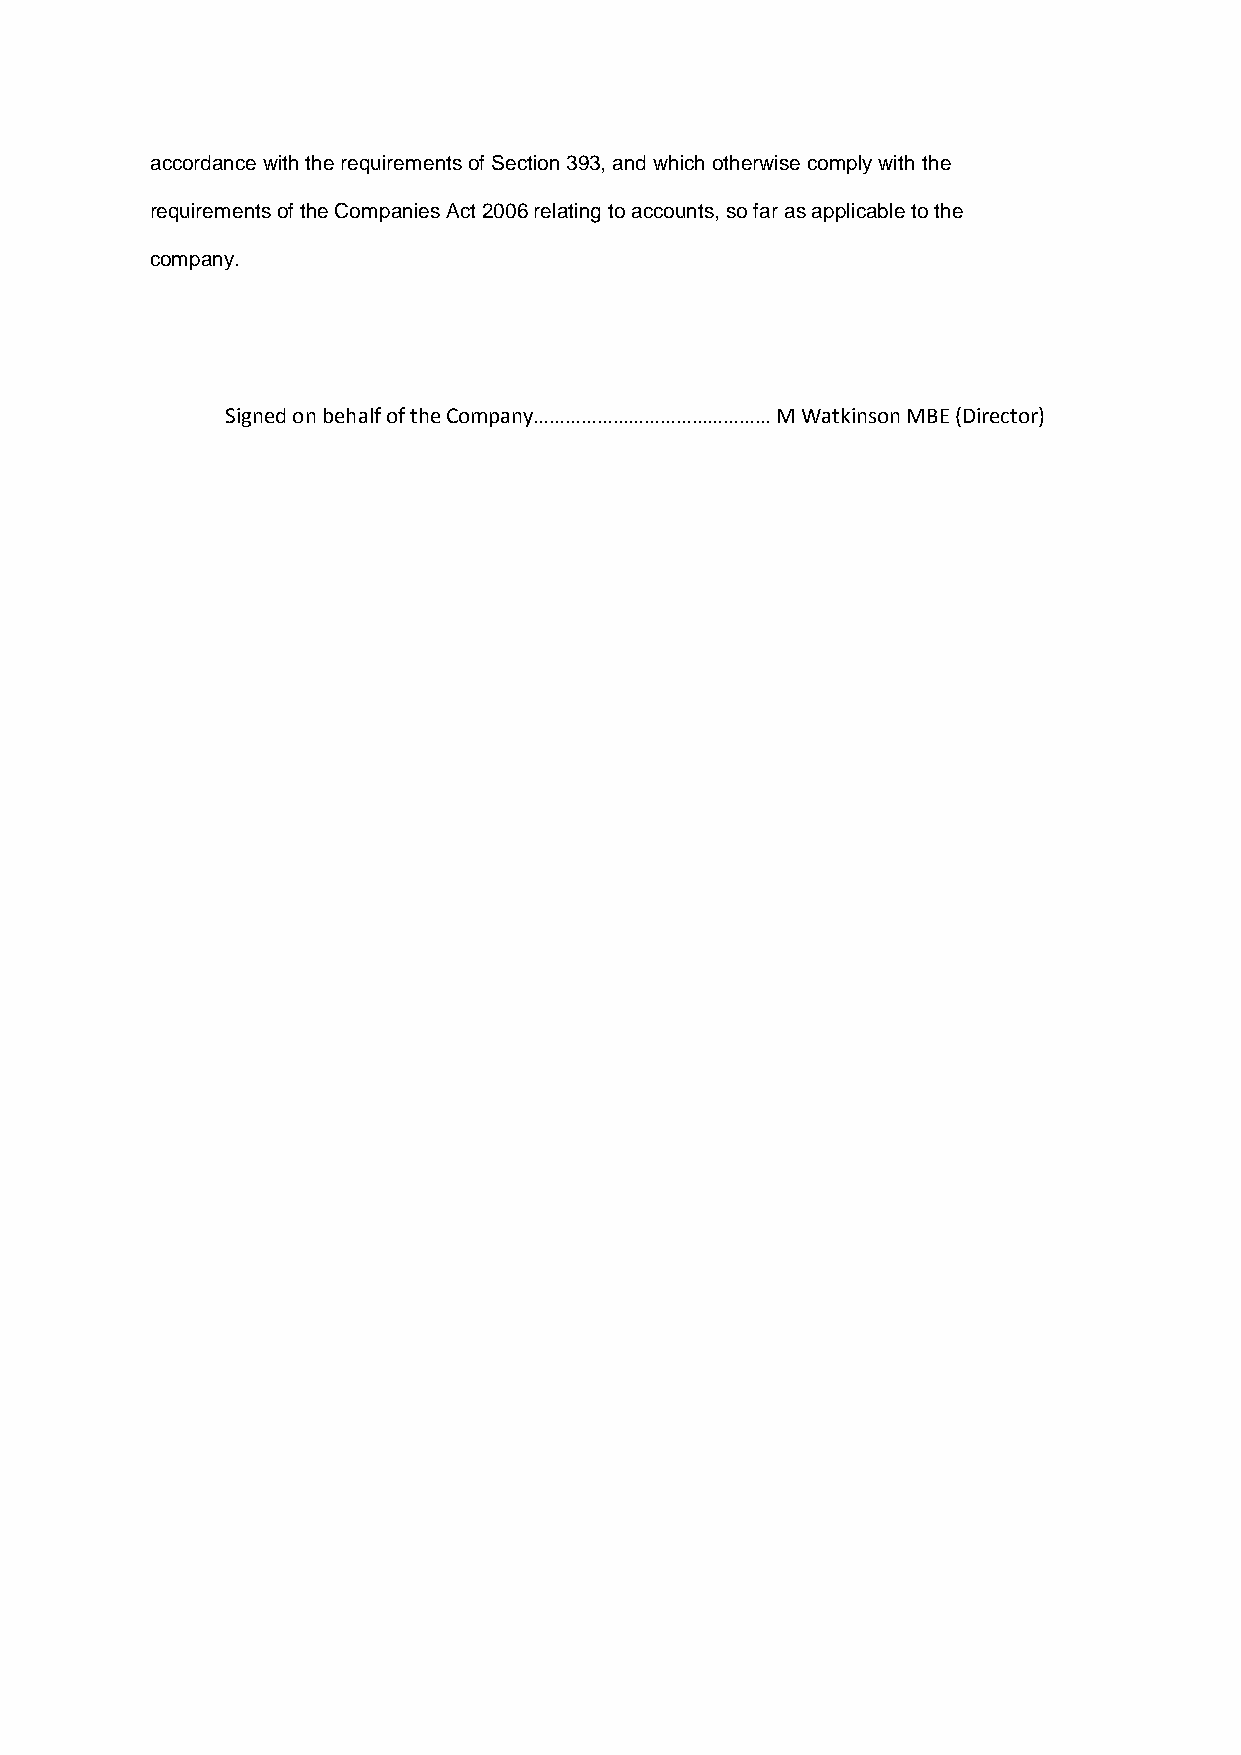
accordance with the requirements of Section 393, and which otherwise comply with the
 requirements of the Companies Act 2006 relating to accounts, so far as applicable to the
 company.
 Signed on behalf of the Company……………………………………… M Watkinson MBE (Director)